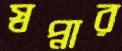
স্বপ্নার